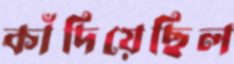
কাঁদিয়েছিল